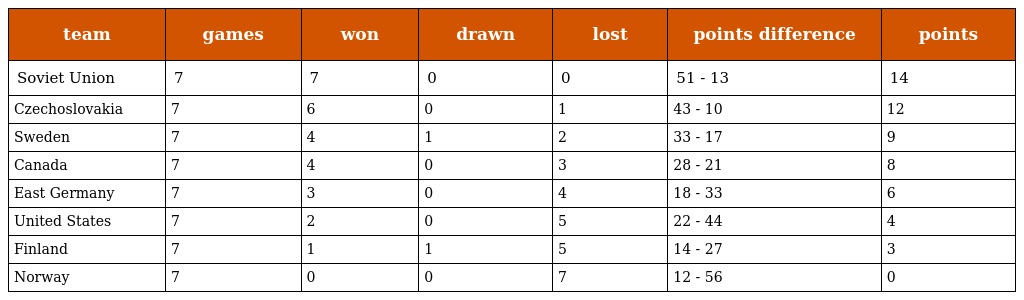
| team | games | won | drawn | lost | points difference | points |
 | --- | --- | --- | --- | --- | --- | --- |
 | Soviet Union | 7 | 7 | 0 | 0 | 51 - 13 | 14 |
 | Czechoslovakia | 7 | 6 | 0 | 1 | 43 - 10 | 12 |
 | Sweden | 7 | 4 | 1 | 2 | 33 - 17 | 9 |
 | Canada | 7 | 4 | 0 | 3 | 28 - 21 | 8 |
 | East Germany | 7 | 3 | 0 | 4 | 18 - 33 | 6 |
 | United States | 7 | 2 | 0 | 5 | 22 - 44 | 4 |
 | Finland | 7 | 1 | 1 | 5 | 14 - 27 | 3 |
 | Norway | 7 | 0 | 0 | 7 | 12 - 56 | 0 |